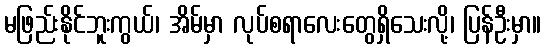
မဖြည်းနိုင်ဘူးကွယ်၊ အိမ်မှာ လုပ်စရာလေးတွေရှိသေးလို့၊ ပြန်ဦးမှာ။